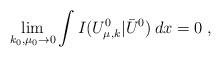
LaTeX: \begin{align*}\lim_{k_0,\mu_0\to 0}\int I(U_{\mu,k}^0|\bar{U}^0)\:dx=0\;,\end{align*}